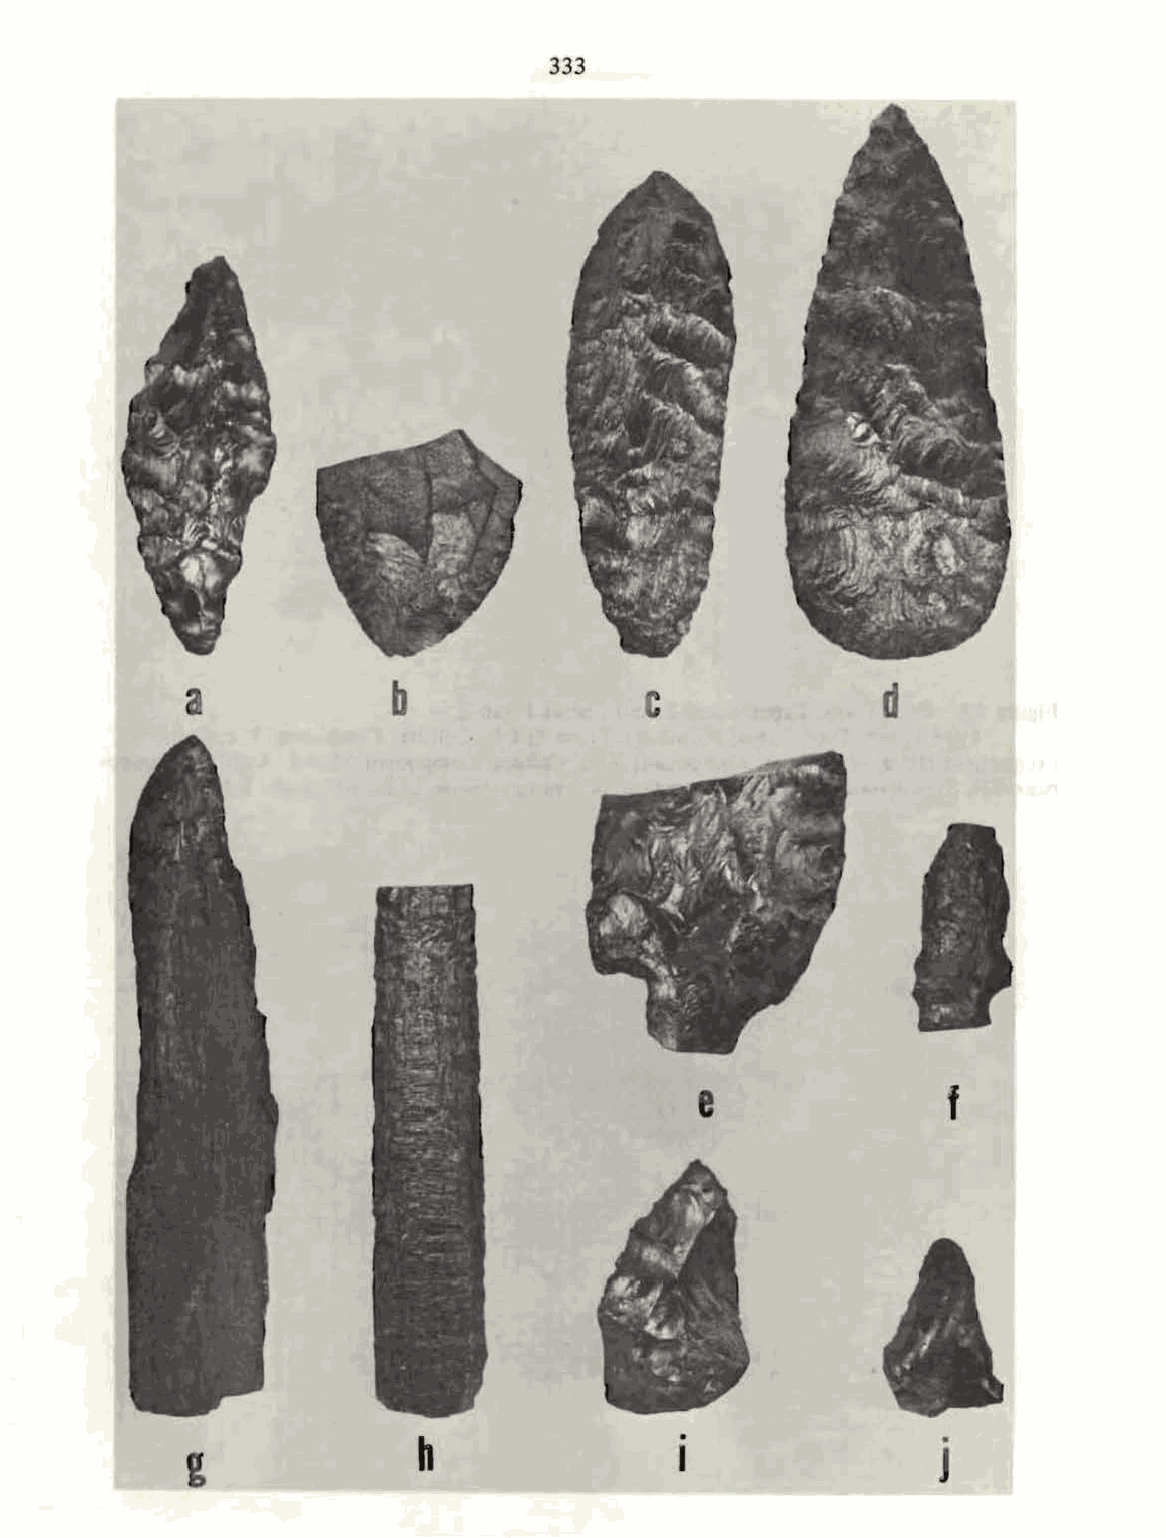
333
 a             b               c               d
 e               f
 .                 .
 h
 I                 J